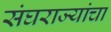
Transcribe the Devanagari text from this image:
संघराज्यांचा